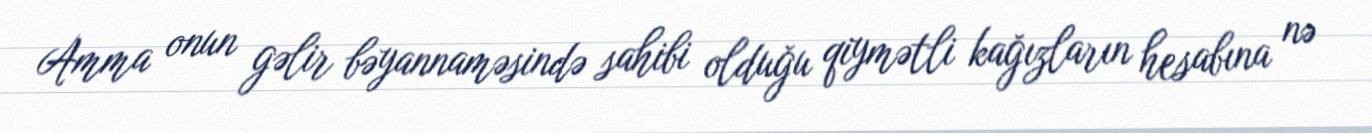
Amma onun gəlir bəyannaməsində sahibi olduğu qiymətli kağızların hesabına nə